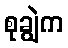
စုချွဲက